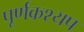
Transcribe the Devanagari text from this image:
पूर्णकश्यप